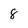
Character: 8